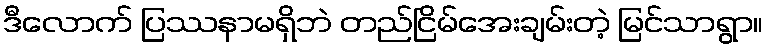
ဒီလောက် ပြဿနာမရှိဘဲ တည်ငြိမ်အေးချမ်းတဲ့ မြင်သာရွာ။